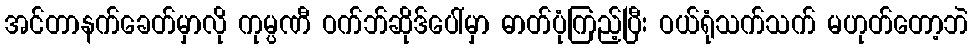
အင်တာနက်ခေတ်မှာလို ကုမ္ပဏီ ဝက်ဘ်ဆိုဒ်ပေါ်မှာ ဓာတ်ပုံကြည့်ပြီး ဝယ်ရုံသက်သက် မဟုတ်တော့ဘဲ